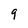
Character: 9